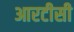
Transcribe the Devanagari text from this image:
आरटीसी